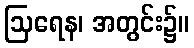
ဩရေန၊ အတွင်း၌။